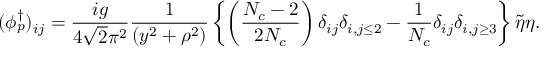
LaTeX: ( \phi _ { p } ^ { \dagger } ) _ { i j } = \frac { i g } { 4 \sqrt { 2 } \pi ^ { 2 } } \frac { 1 } { ( y ^ { 2 } + \rho ^ { 2 } ) } \left\{ \left( \frac { N _ { c } - 2 } { 2 N _ { c } } \right) \delta _ { i j } \delta _ { i , j \leq 2 } - \frac { 1 } { N _ { c } } \delta _ { i j } \delta _ { i , j \geq 3 } \right\} \tilde { \eta } \eta .